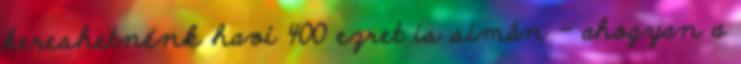
kereshetnénk havi 400 ezret is simán - ahogyan a